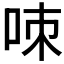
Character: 𠲋